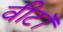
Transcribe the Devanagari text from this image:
वीटॉ